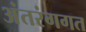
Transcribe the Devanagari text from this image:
अंतरंगगत